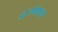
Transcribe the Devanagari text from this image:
ऑब्जेक्शनचे